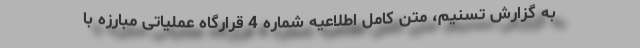
به گزارش تسنیم، متن کامل اطلاعیه شماره 4 قرارگاه عملیاتی مبارزه با